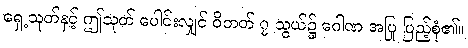
ရှေ့သုတ်နှင့် ဤသုတ် ပေါင်းလျှင် ဝိဘတ် ၇ သွယ်၌ ဂေါဏ အပြု ပြည့်စုံ၏။